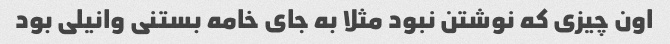
اون چیزی که نوشتن نبود مثلا به جای خامه بستنی وانیلی بود